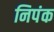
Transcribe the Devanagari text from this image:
निपंक